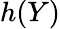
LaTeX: h(Y)